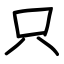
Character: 只